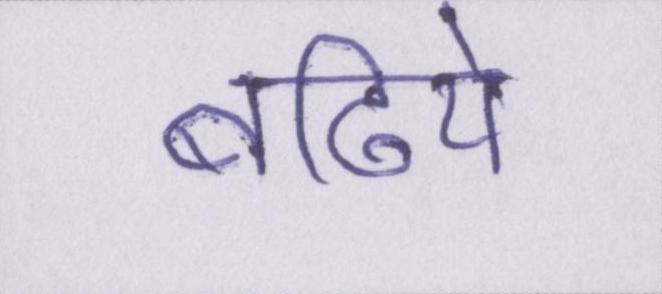
बढिये